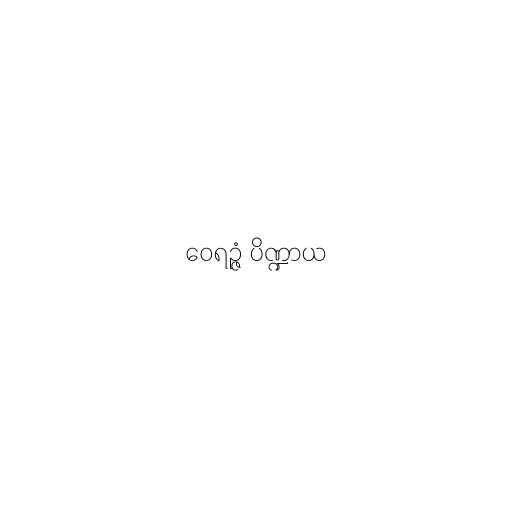
ဝေရဉ္ဇံ ပိဏ္ဍာယ